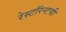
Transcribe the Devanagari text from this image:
रेस्टॉरन्टची